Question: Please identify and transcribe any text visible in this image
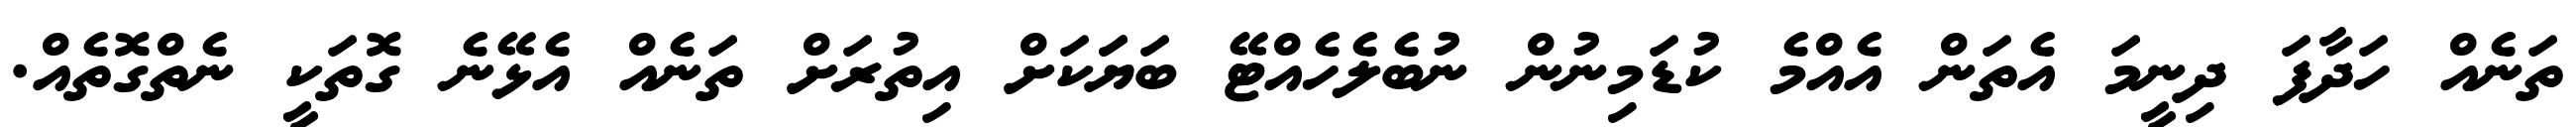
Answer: ތަނެއް ހަދާފަ ދިނީމަ އެތަން އެއްމެ ކުޑަމިނުން ނުބެލެހެއްޓޭ ބަޔަަކަށް އިތުރަށް ތަނެއް އެޅޭނެ ގޮތަކީ ނެތްގޮތެއް.